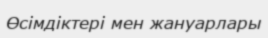
Өсімдіктері мен жануарлары